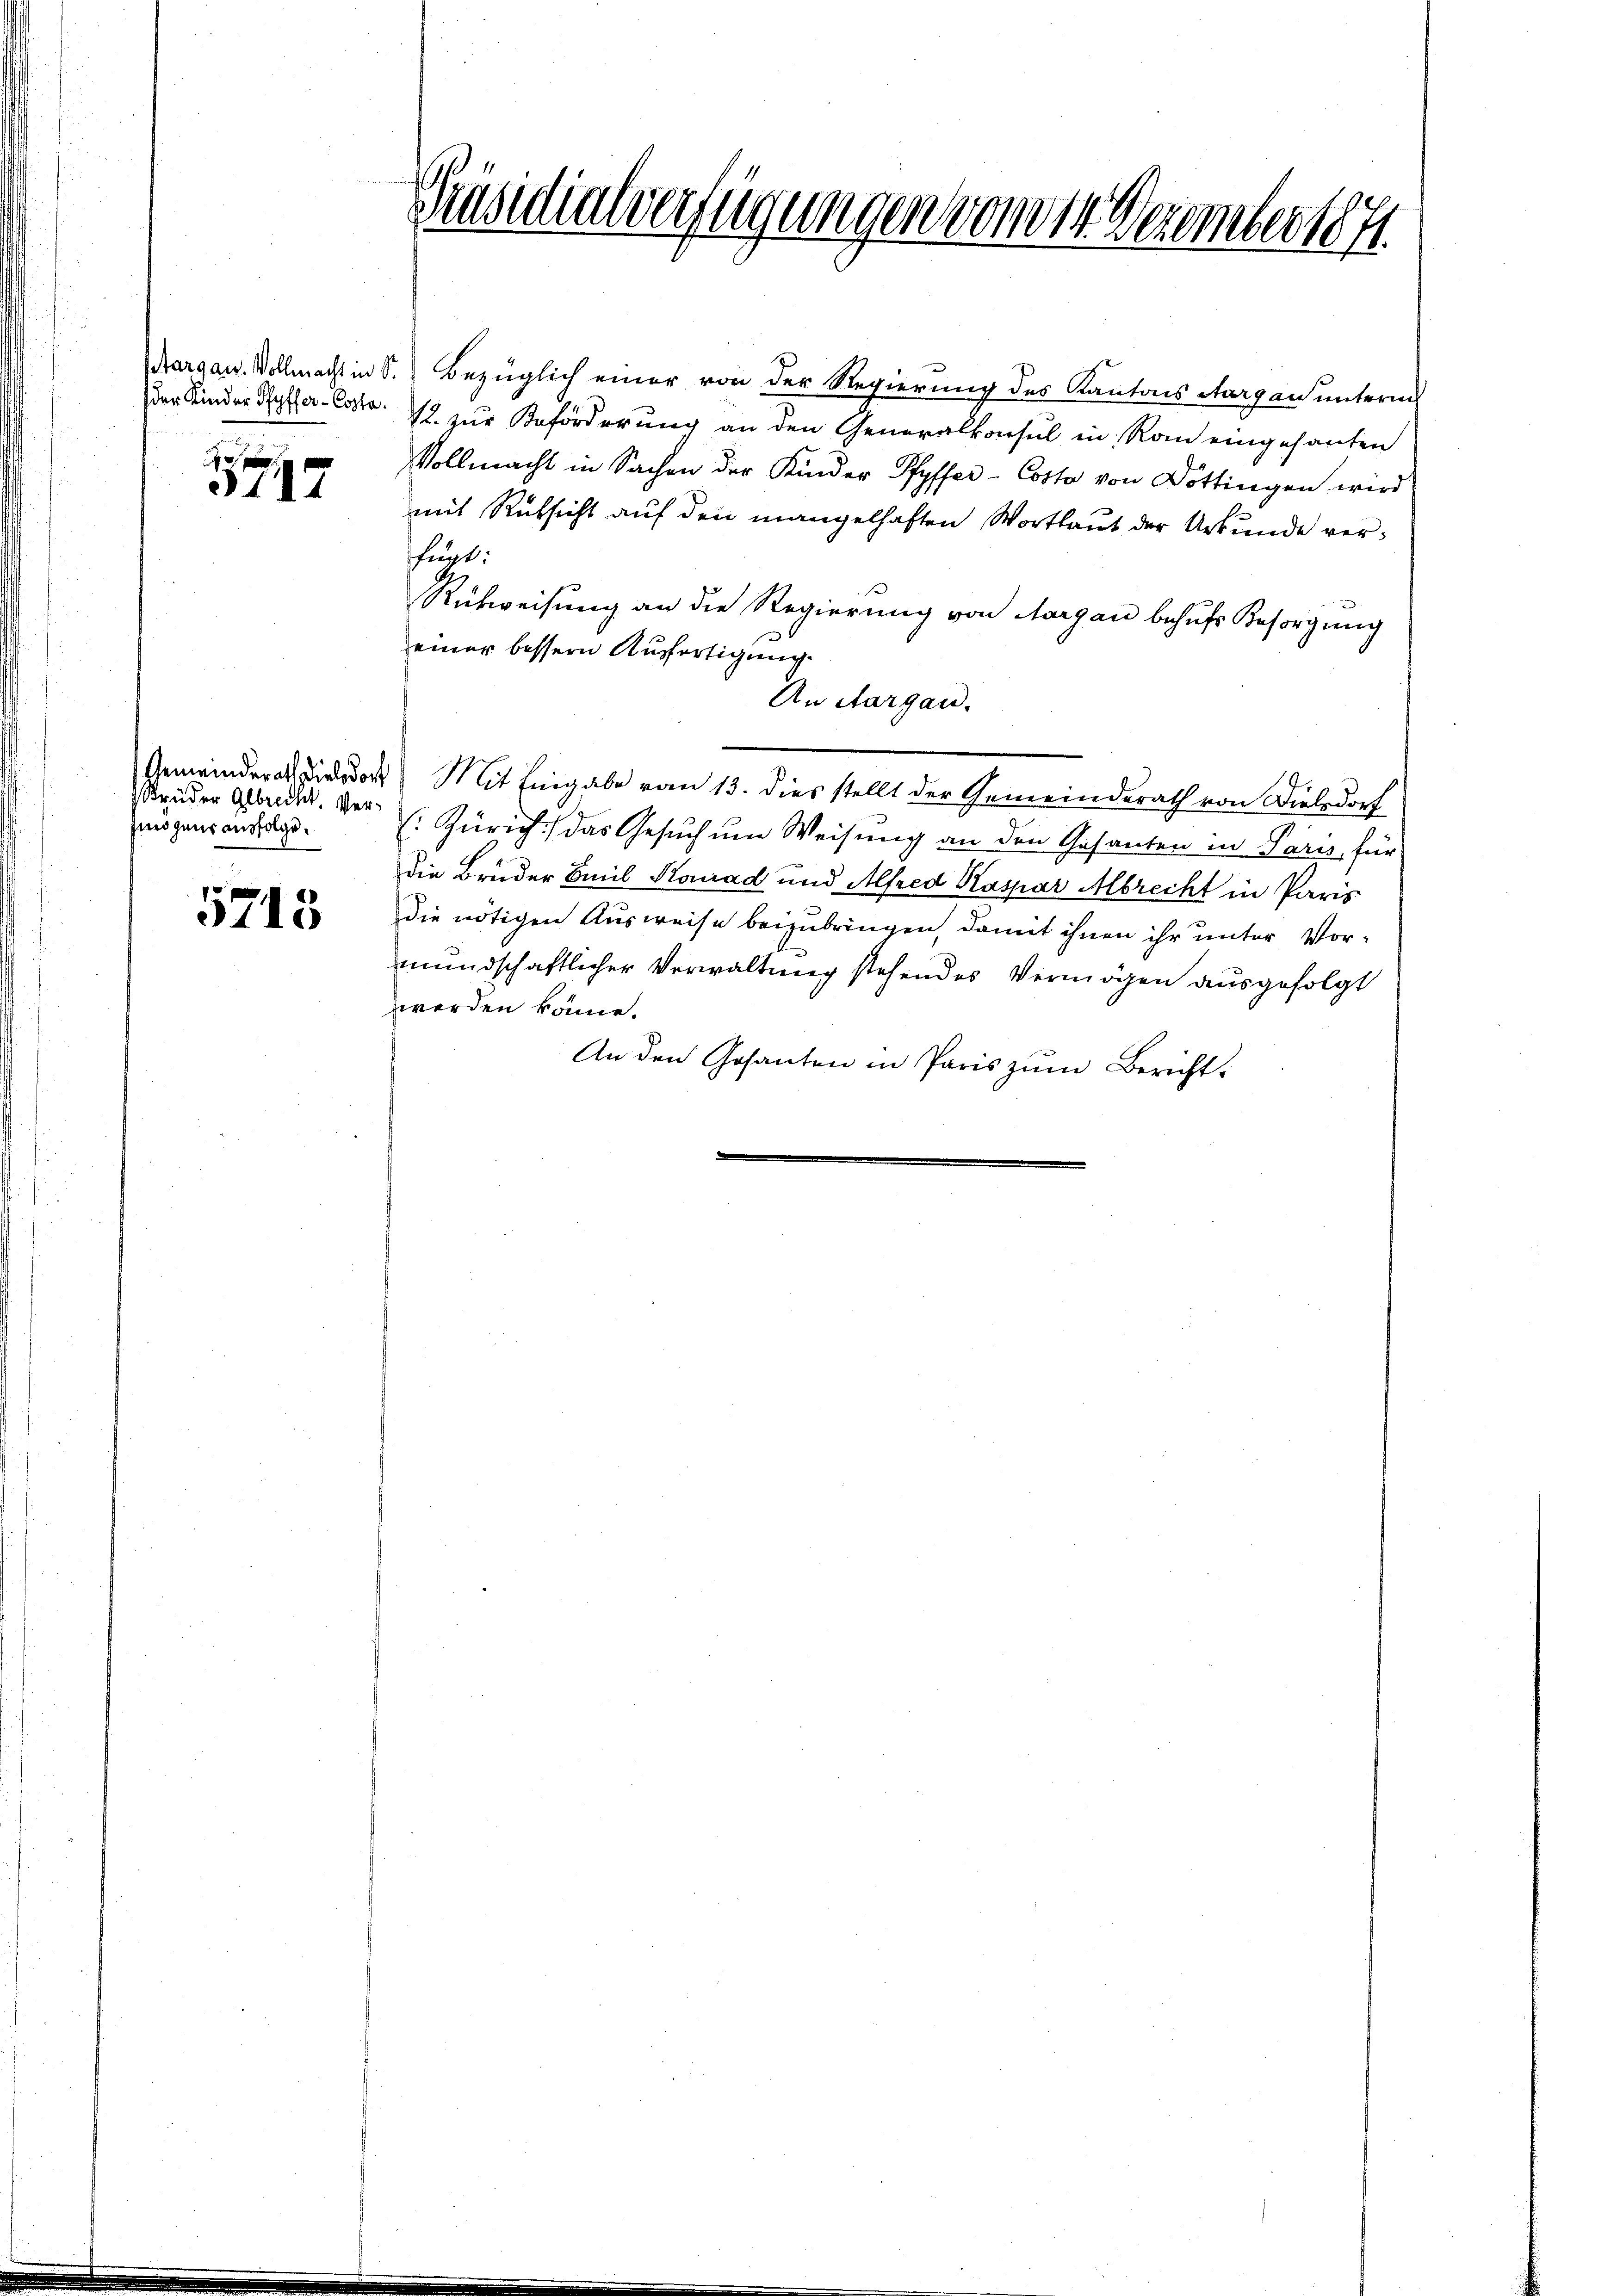
3117

Brüder Gebrecht. Vermögens ausfolge.

5713

Präsidialverfügungen von 14 Dezember 1871.

Aargau. Vollmacht in S. Bezüglich einer von der Regierung des Kantons Aargau unterm
der Kinder Reller-Conto. 12. zur Beförderung an den Generalkonsul in Rom eingesanten
Vollmacht in Sachen der Kinder Pfyffer - Cotto von Döttingen wird
mit Rücksicht auf den mangelhaften Wortlaut der Urkunde verfügt:
Rückweisung an die Regierung von Aargau behufs Besorgung
einer bessern Ausfertigung.
An Aargau.
Gemeinderath wieder Mit Eingabe vom 13. dies stellt der Gemeinderath von Dielsdorf
(Zürich) das Gesuch um Weisung an den Gesanten in Paris, für
die Bruder Emil Konrad und Alfred Kaspar Albrecht in Paris
die nötigen Ausweise beizubringen, damit ihnen ihr unter Vor-
mundschaftlicher Verwaltung stehendes Vermögen ausgefolgt
werden könne.
An den Gesanten in Paris zum Bericht-